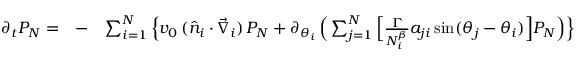
\begin{array} { r l r } { \partial _ { t } P _ { N } = } & { - } & { \sum _ { i = 1 } ^ { N } \Big \{ v _ { 0 } \, ( \hat { n } _ { i } \cdot \vec { \nabla } _ { i } ) \, P _ { N } + \partial _ { \theta _ { i } } \, \Big ( \sum _ { j = 1 } ^ { N } \Big [ { \frac { \Gamma } { N _ { i } ^ { \beta } } } a _ { j i } \, \mathrm { s i n } ( \theta _ { j } - \theta _ { i } ) \Big ] P _ { N } \Big ) \Big \} } \end{array}